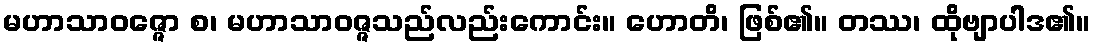
မဟာသာဝဇ္ဇော စ၊ မဟာသာဝဇ္ဇသည်လည်းကောင်း။ ဟောတိ၊ ဖြစ်၏။ တဿ၊ ထိုဗျာပါဒ၏။